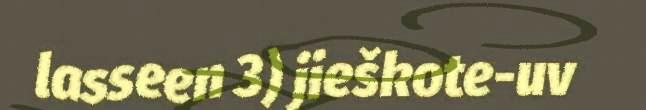
lasseen 3) jieškote-uv